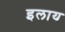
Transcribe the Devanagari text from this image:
इलाय